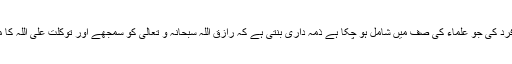
آج ہر اس فرد کی جو علماء کی صف میں شامل ہو چکا ہے ذمہ داری بنتی ہے کہ رازق اللہ سبحانہ و تعالی کو سمجھے اور توکلت علی اللہ کا مظہر بنے۔